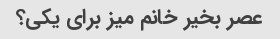
عصر بخیر خانم میز برای یکی؟